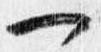
一